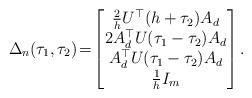
LaTeX: \begin{align*} \Delta_n(\tau_1,\tau_2) \!=\! \begin{bmatrix}\frac{2}{h}U^\top(h+\tau_2)A_d\\ 2A_d^\top U(\tau_1-\tau_2)A_d\\ A_d^{\top}U(\tau_1-\tau_2)A_d\\ \frac{1}{h}I_m \end{bmatrix}.\end{align*}